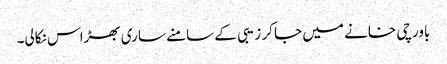
باورچی خانے میں جا کر زیبی کے سامنے ساری بھڑاس نکالی۔